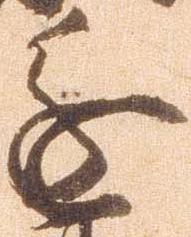
進